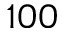
1 0 0